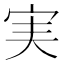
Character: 実